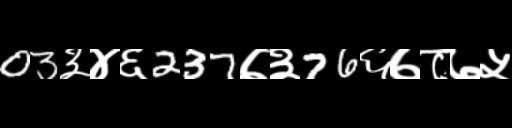
Text: 03३४६237७३76६७८७५